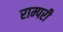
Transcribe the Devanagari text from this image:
राम्परी